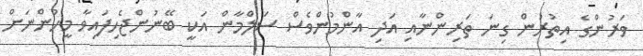
ވަރުންގެ އިތުރުން ގިނަ ތަރިންނާއި އަދި އާންމުންވެސް ސަލްމާން އަކީ ބޭނުންޖެހިފައިވާ މީހުންނަށް